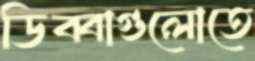
ডিব্বাগুলোতে